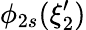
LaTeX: \phi_{2s}(\xi_{2}^{\prime})